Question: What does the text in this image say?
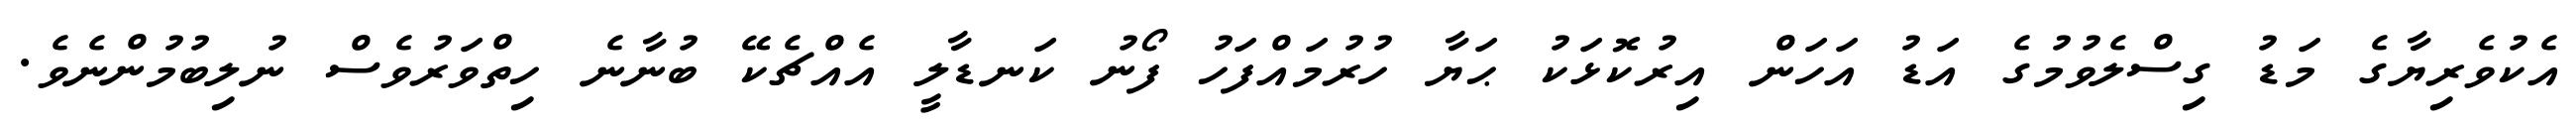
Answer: އެކުވެރިޔާގެ މަޑު ގިސްލެވުމުގެ އަޑު އަހަން އިރުކޮޅަކު ޙަޔާ ހުރުމައްފަހު ފޯނު ކަނޑާލީ އެއްޗެކޭ ބުނާނެ ހިތްވަރުވެސް ނުލިބުމުންނެވެ.